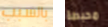
بالسبب محبطة